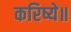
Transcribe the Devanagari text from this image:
करिष्ये॥